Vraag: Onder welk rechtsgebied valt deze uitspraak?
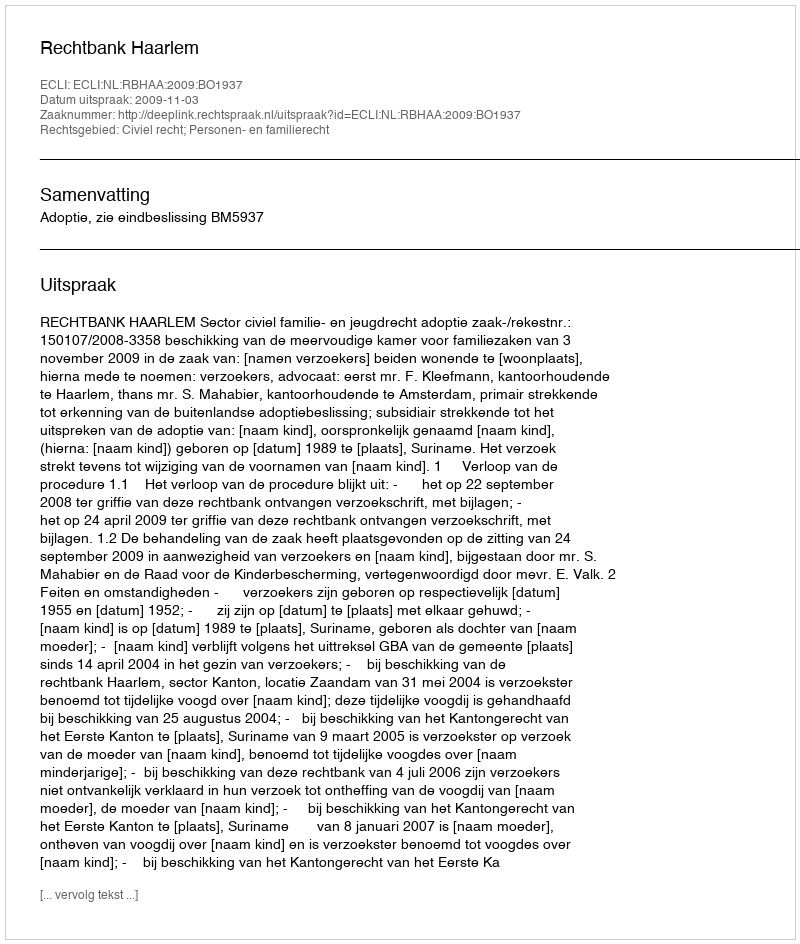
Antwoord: Civiel recht; Personen- en familierecht